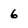
Character: 6